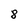
Character: 8